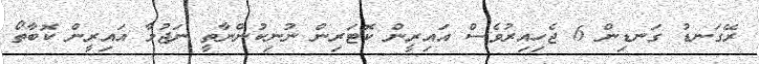
ރޭގަނޑު ގަނޑިން 6 ޖެހިއިރުވެސް އައިރީން ކޮޓަރިން ނުނިކުންނާތީ ނަޖުމާ އައިރީން ކޮބާތޯ